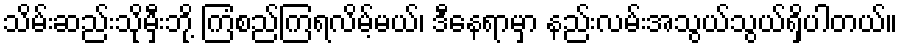
သိမ်းဆည်းသိုမှီးဘို့ ကြံစည်ကြရလိမ့်မယ်၊ ဒီနေရာမှာ နည်းလမ်းအသွယ်သွယ်ရှိပါတယ်။